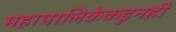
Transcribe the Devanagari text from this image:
महापालिकेकडूनही